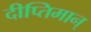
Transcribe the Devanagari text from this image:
दीप्तिमान्